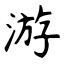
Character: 游